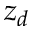
z _ { d }